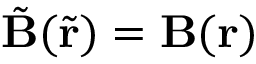
\tilde { \mathbf { B } } ( \tilde { \mathbf { r } } ) = \mathbf { B } ( \mathbf { r } )